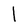
Character: l